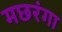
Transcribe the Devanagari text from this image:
मछरंगा